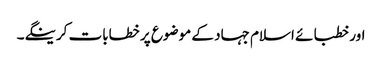
اور خطبائے اسلام جہاد کے موضوع پر خطابات کرینگے۔